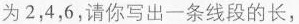
为2，4，6，请你写出一条线段的长，